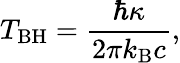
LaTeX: T_{\mathrm{BH}}=\frac{\hbar\kappa}{2\pi k_{\mathrm{B}}c},